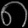
Digit: ၈